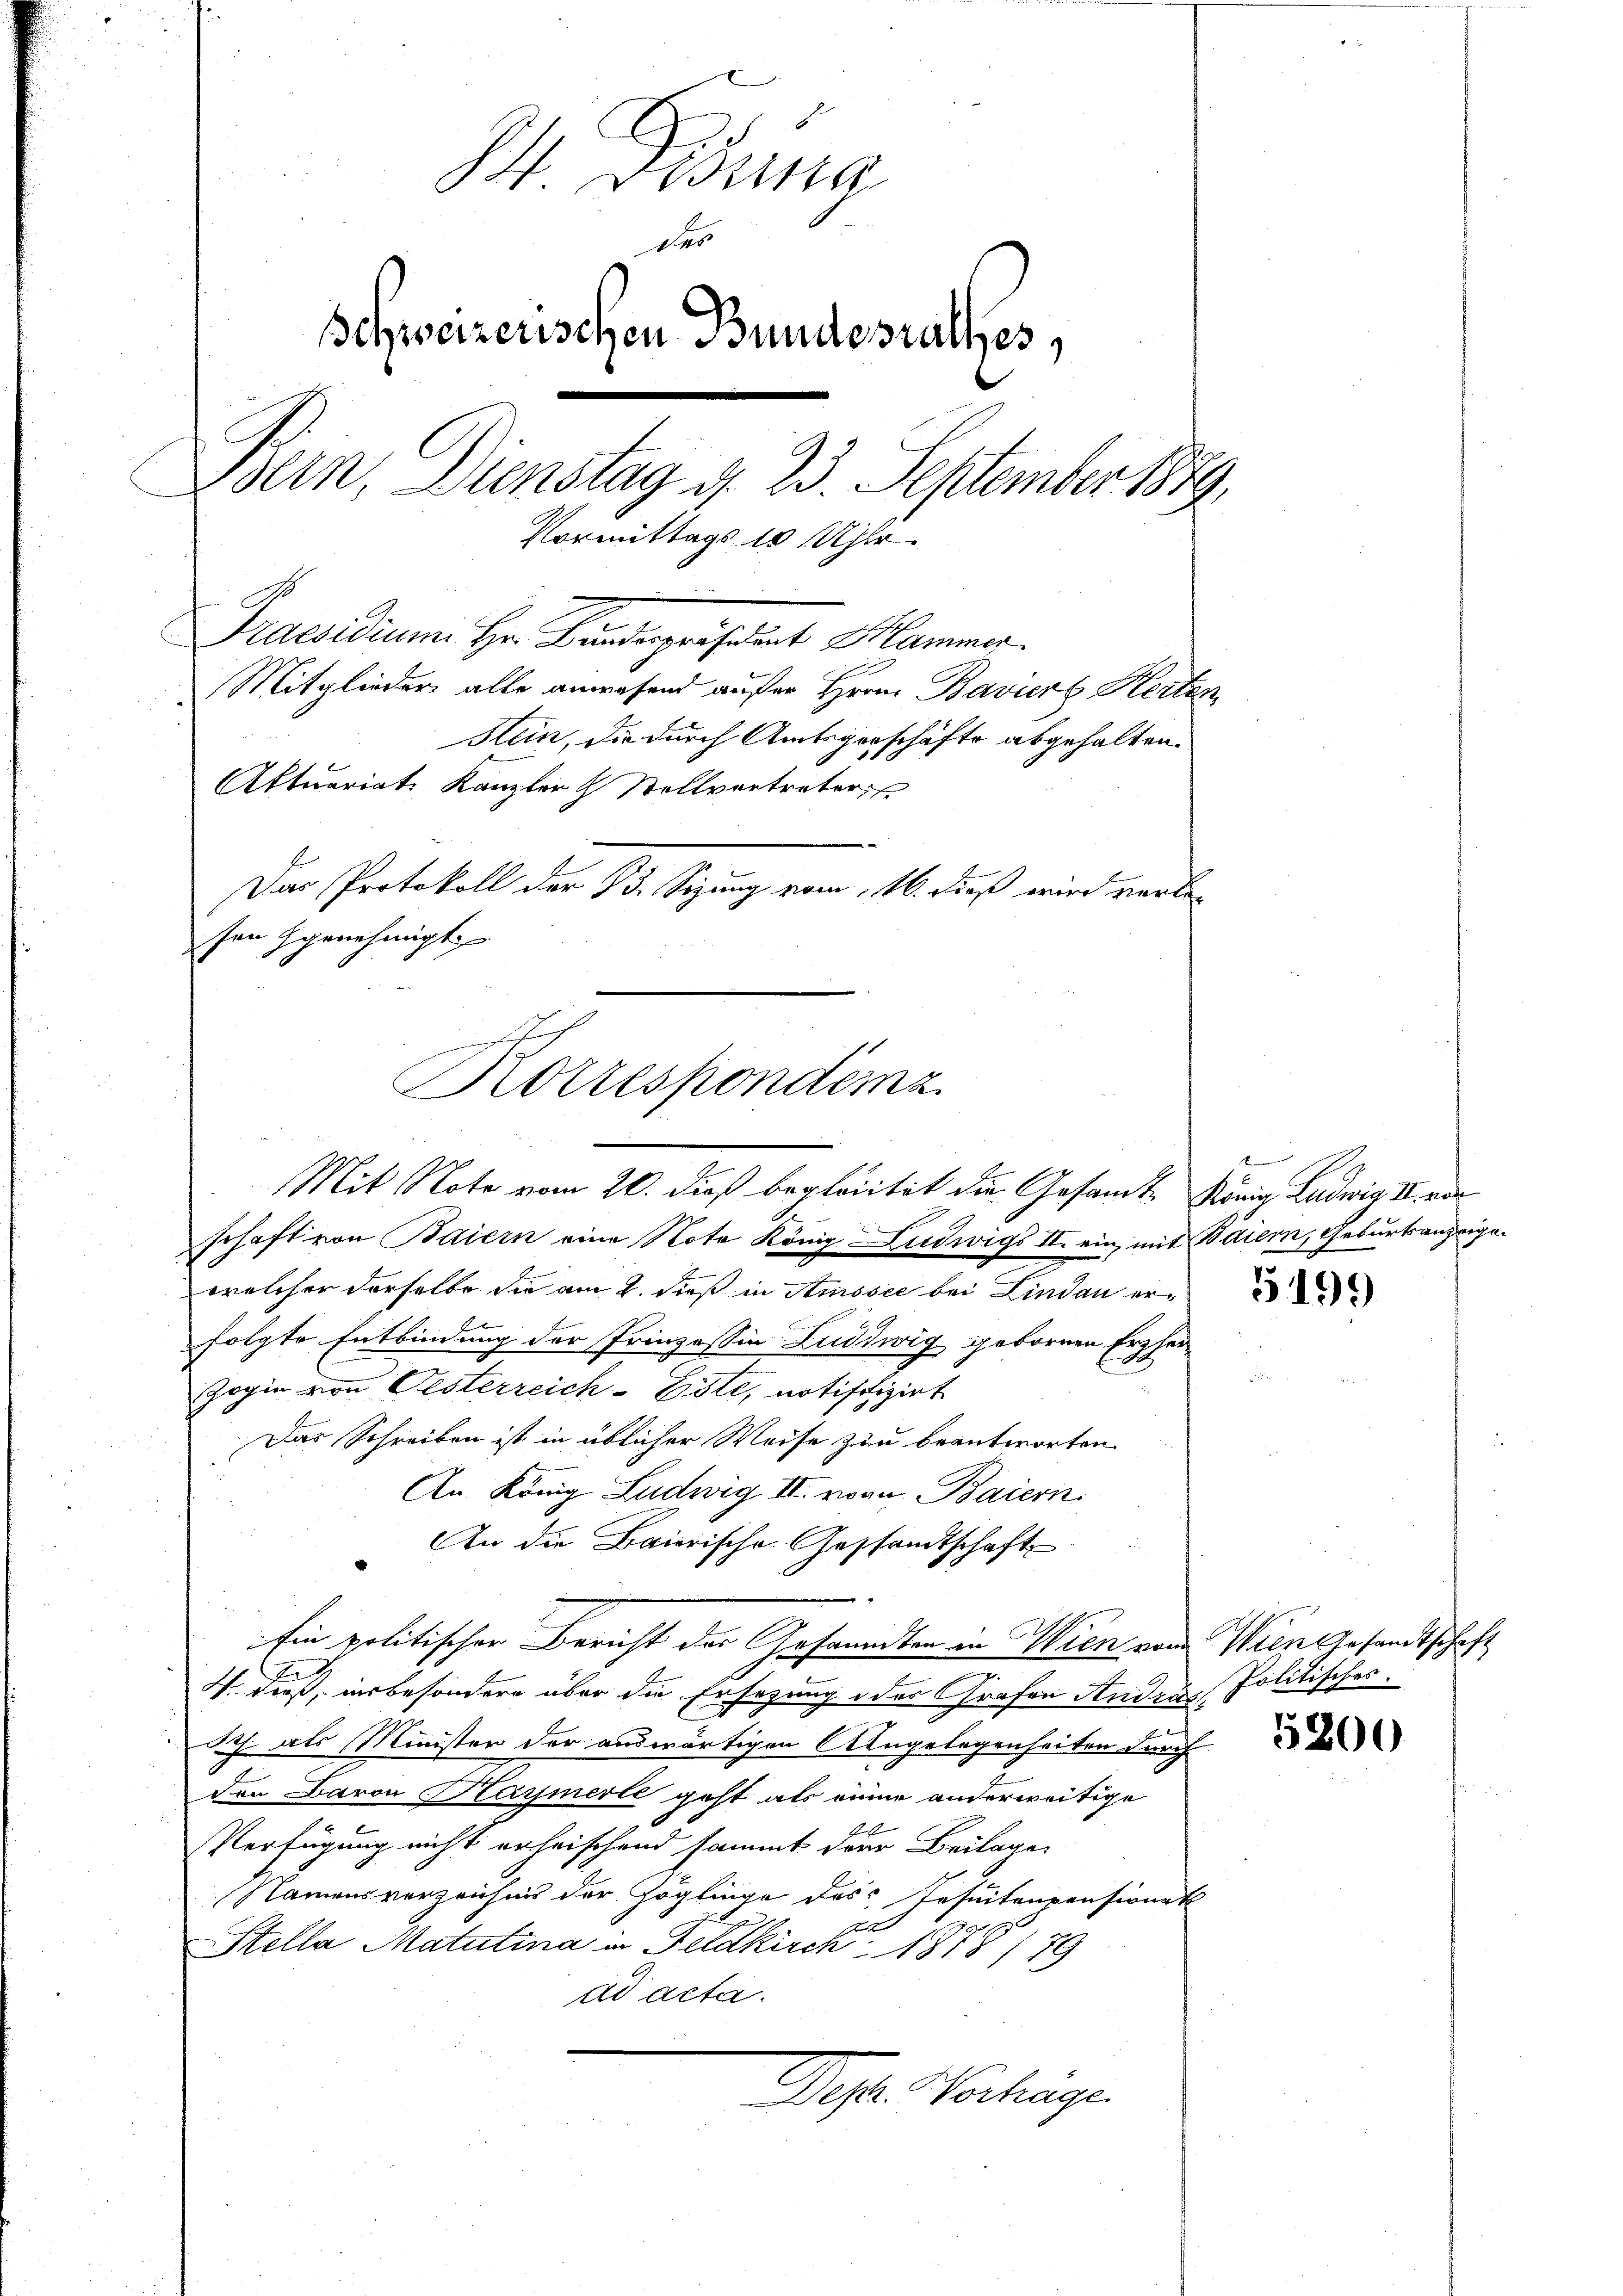
84. Bedina
des
Schweizerischen Bundesrathes,
Bein, Dienstag d. 23. September 1889.
Vormittags 10 Uhr.
Praesidium. Hr. Findepriserat Marmer
Mitglieder alle anwesend außer Hrrn. Baviers Herten
Stein, die durch Amtsgerschäfte abgehalten.
Aktuariat. Kanzler & Stellvertreter
Das Protokoll der 13. Sizung vom 16. dieß wird verlesen Ggenehmigt

Korrespondenz
Mit Note vom 20. dieß beplacitet die Gesamte König Ludwig II de

schaft von Baiern eine Note König Ludwigs II. ein, mit Baiern, Geburtsanzeigewelcher derselbe die am 2. dieß in Atmosee bei Lindau erfolgte Entbindung der Prinzessin Ludwig gebornen Erzhei¬
Gogin von Oesterreich-Este, notifolizirt
Das Schreiben ist in üblicher Weise zur beantworten.
An König Ludwig II. von Baiern.
An die Baierische Gessandtschaft
Ein politischer Bericht der Gesandten in Wien von Wien gesandtschaft
4. dieß, insbesondere über die Ersezung oder Grafen Anden Politisches.
h. als Minister der auswärtigen Angelegenheiten durch
den Baron Karmerle geht als anne anderweitige
E
Verfügung nicht erheischend sammt der Beilagen
Namensverzeichnis der Zöglinge des Inseitenpensionat
s
Stella Matutina in Feldkirch 1878/79
dd Acta.
Der. Verhage

5199

5200